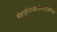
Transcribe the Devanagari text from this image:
मेंहाईपरकोलेस्ट्रोलेमिया